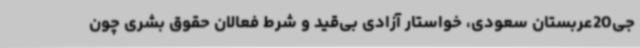
جی20عربستان سعودی، خواستار آزادی بی‌قید و شرط فعالان حقوق بشری چون